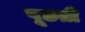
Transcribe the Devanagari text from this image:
पूछतीं